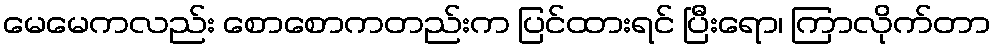
မေမေကလည်း စောစောကတည်းက ပြင်ထားရင် ပြီးရော၊ ကြာလိုက်တာ